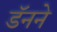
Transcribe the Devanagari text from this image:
डॅनने